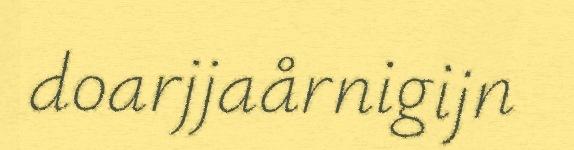
doarjjaårnigijn